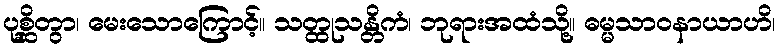
ပုစ္ဆိတွာ၊ မေးသောကြောင့်။ သတ္ထုသန္တိကံ၊ ဘုရားအထံသို့။ ဓမ္မသာဝနာယာဟိ၊